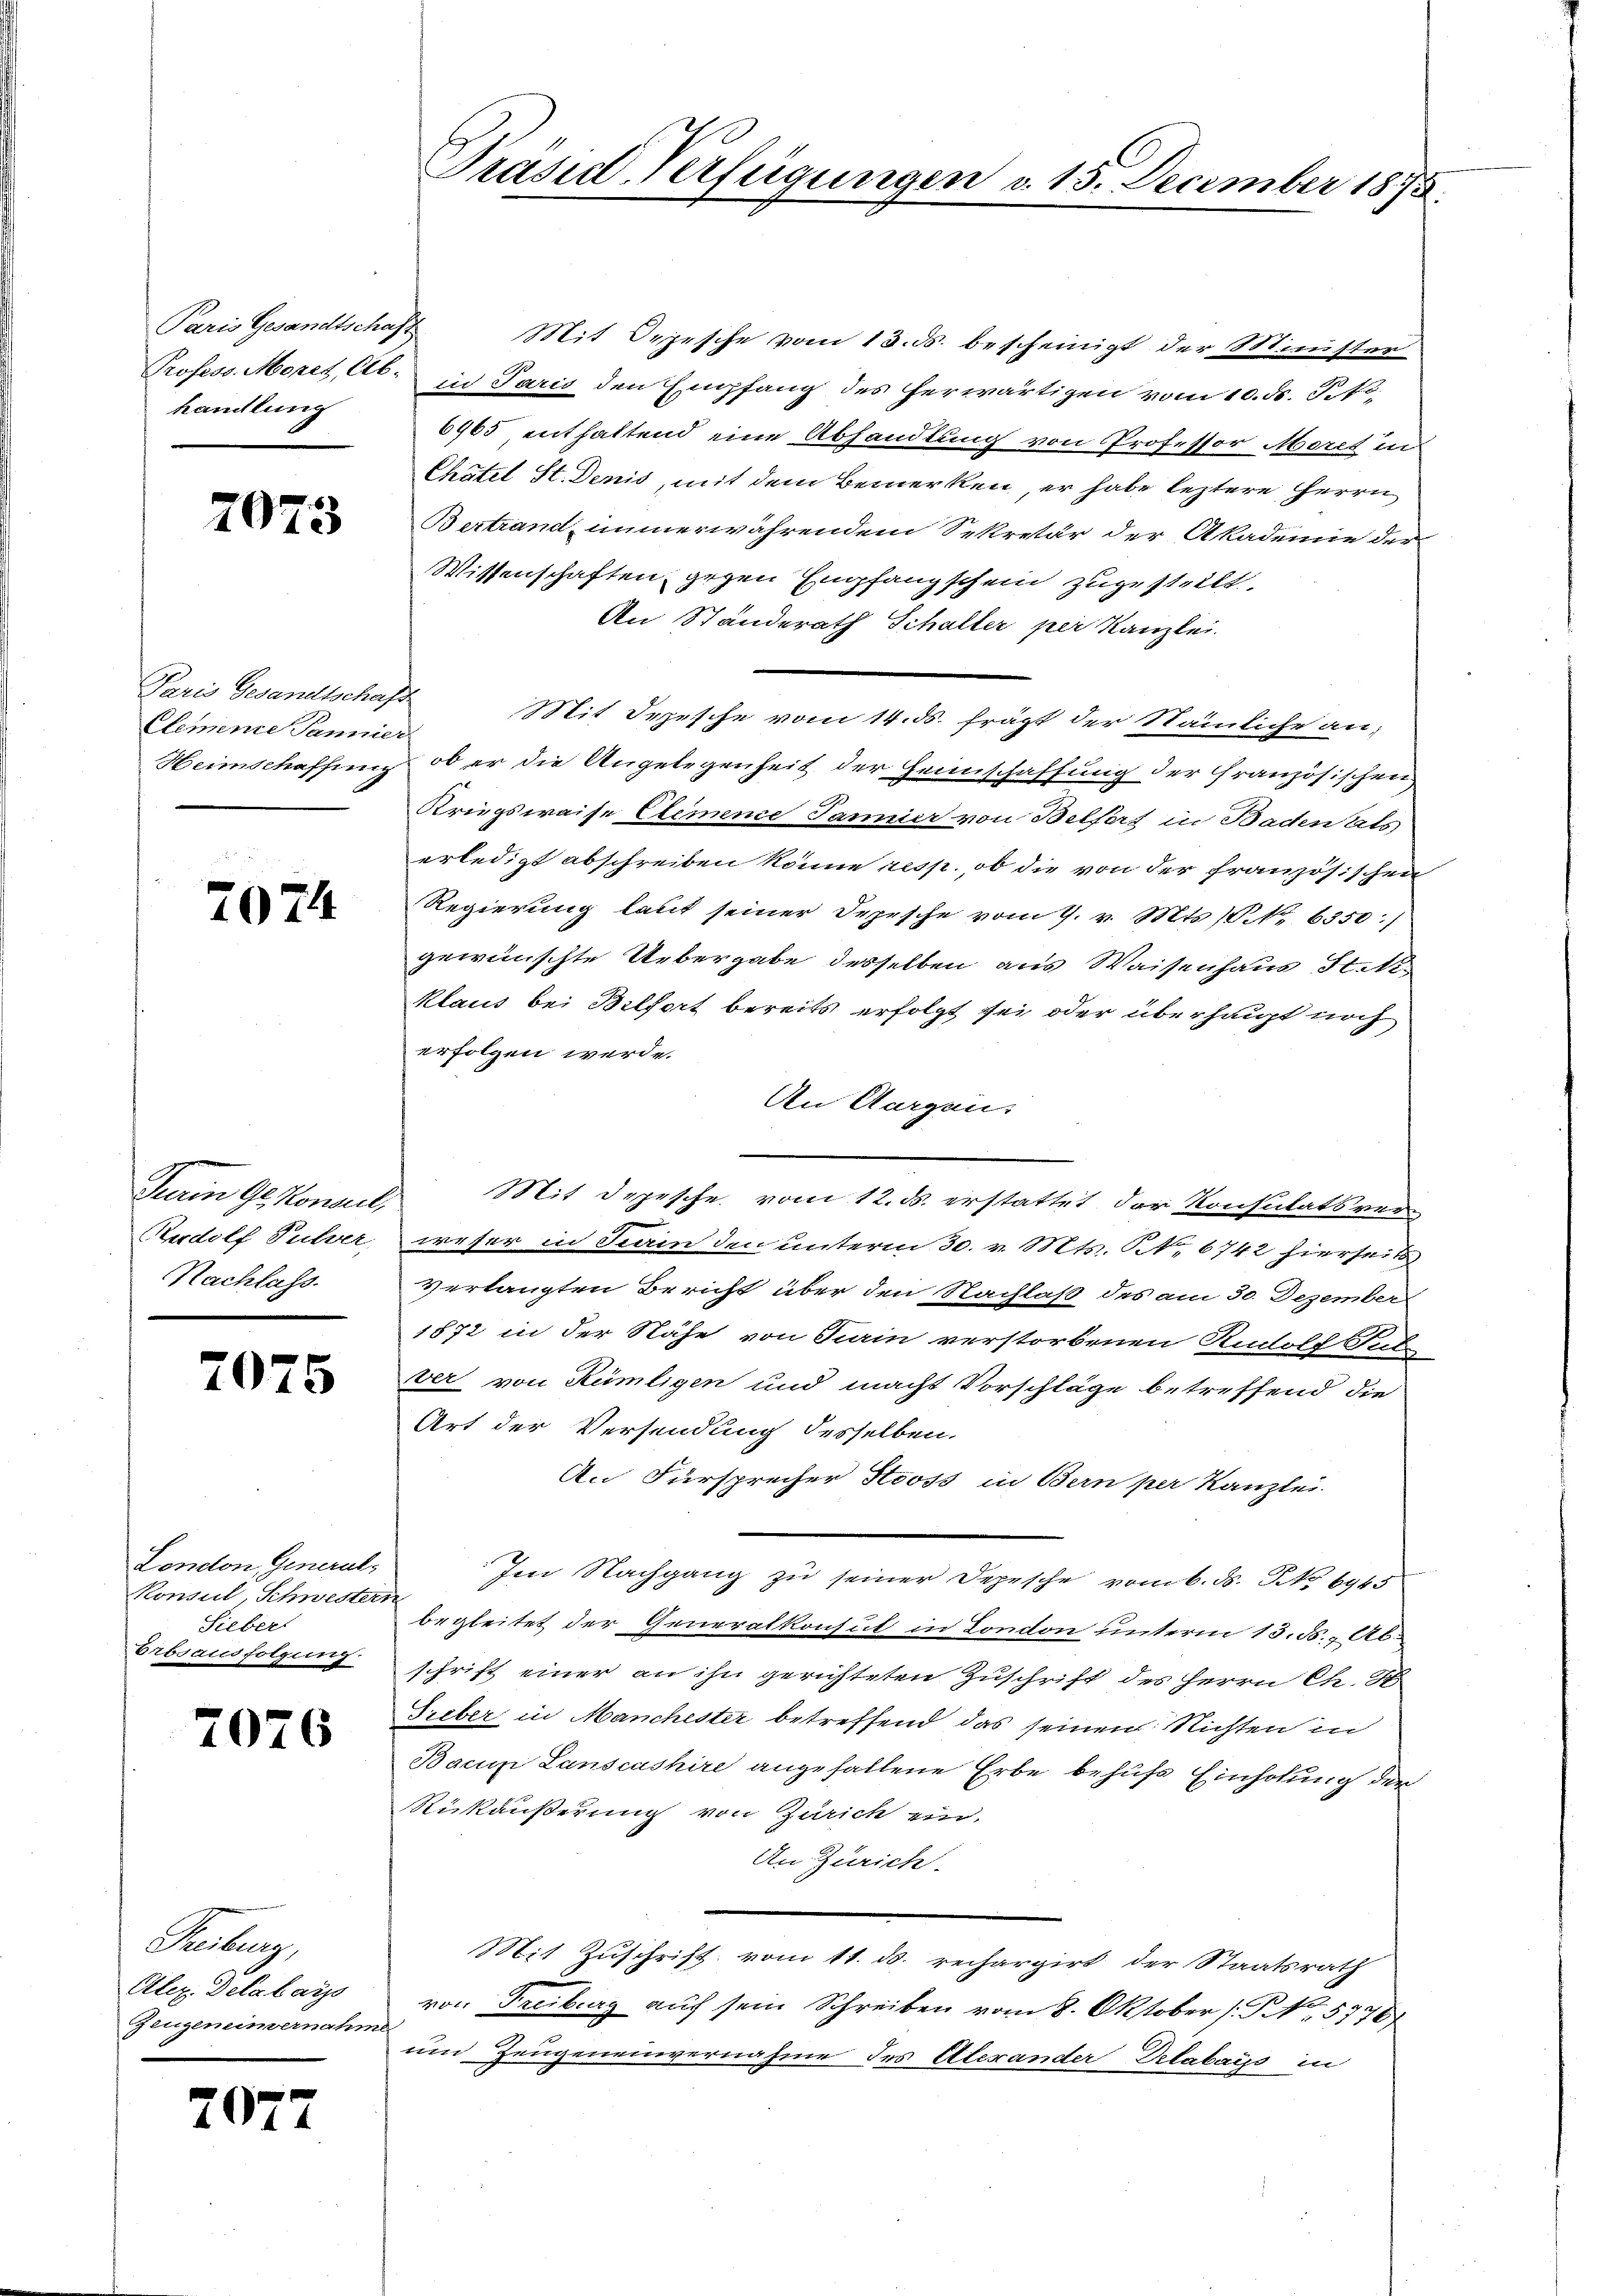
Paris Gesandtschaft
handlung

2073

Paris Gesandtschaft
Clemente Pannier
e

2074

Tein Ges Konsel,
Rudolf Pulver,
Nachlass.

7075

London General-
Konsul, Schwestern
Sieber
Erbsausfolgung.

2076

Treiburg,
Alex. Delabays
Zeugeneimernahm

7072

Prasie Verfügungen v. 15. December 1875.

Mit Orpesche vom 13. ds. bescheinigt der Minister
Profess. Morel, Cts. in Paris den Empfang des herwärtigen vom 10. ds. P. No¬
6965 enthaltend eine Abhandlung von Professor Morel in
Chatel St. Denis, mit dem Bemerken, er habe leztere Herrn
Bertrand immerwährendem Sekretär der Akademie der
Wissenschaften, gegen Empfangschein zugesteilt.
An Standerath Schalter per Kanzlei.
Mit Sepesche vom 14. ds. frägt der Nämliche an¬
Heimschaffung, ob er die Angelegenheit der Heimschaffung der Französischen
Kriegsweise Clemence Janier von Belfers in Baden als
erledigt abschreiben könne resp., ob die von der französischen
Regierung laut seiner Depesche vom 7. v. Mts. (N. 6350:)
gewünschte Uebergabe desselben aus Waisenhaus Statt¬
Klaus bei Belfort bereits erfolgt sei oder überhaupt noch
erfolgen werde.
An Aargau.
Mit Depesche vom 12. ds. erstattet der Konsulatsver
weser in Sein den unterm 30. v. Mts. S. 6742 hierseits
verlangten Bericht über den Nachlaß des am 30. Dezember
1872 in der Nähe von Sein verstorbenen Rudolf Sub
ver von Rümligen und macht Vorschläge betreffend die
Art der Versendung desselben.
An Fürsprecher Stooss in Bern per Kanzlei.
Im Nachgang zu seiner Depesche vom 6. ds. No 6945
begleitet der Generalkonsul in London unterm 13. ds., Abschrift einer an ihn gerichteten Zuschrift des Herrn Ch. S
Treber in Manchester betreffend das seinen Richten in
Bacun Lanscashire angefallene Erbe behufs Einholung der
Rükäußerung von Zürich ein.
An Zürich.
Mit Zuschrift vom 11. ds. rechargirt der Staatsrath
von Freiburg auf sein Schreiben vom 8. Oktober (S. 5776
um Zeugeneinvernahme des Alexander Delabais in